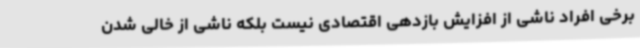
برخی افراد ناشی از افزایش بازدهی اقتصادی نیست بلکه ناشی از خالی شدن